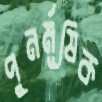
পুনর্মূষিক